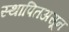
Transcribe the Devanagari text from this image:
स्थापितअसून